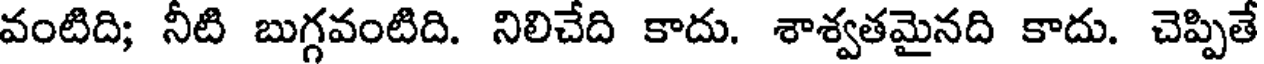
వంటిది; నీటి బుగ్గవంటిది. నిలిచేది కాదు. శాశ్వతమైనది కాదు. చెప్పితే